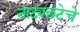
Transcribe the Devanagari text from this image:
नाट्यछटेचे